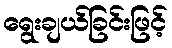
ရွေးချယ်ခြင်းဖြင့်